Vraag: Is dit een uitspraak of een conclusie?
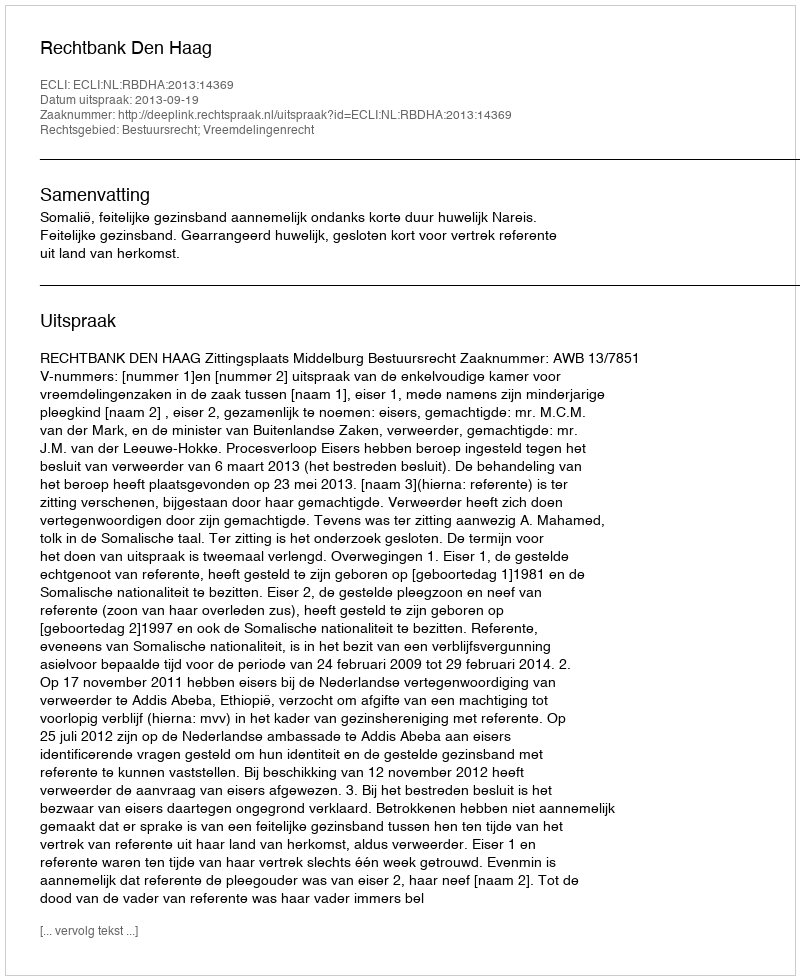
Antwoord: Uitspraak